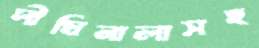
দীঘিনালাসহ